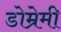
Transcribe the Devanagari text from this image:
डोम्रेमी